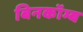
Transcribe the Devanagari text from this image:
बिनकॉम्ब